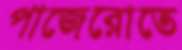
পাজেরোতে